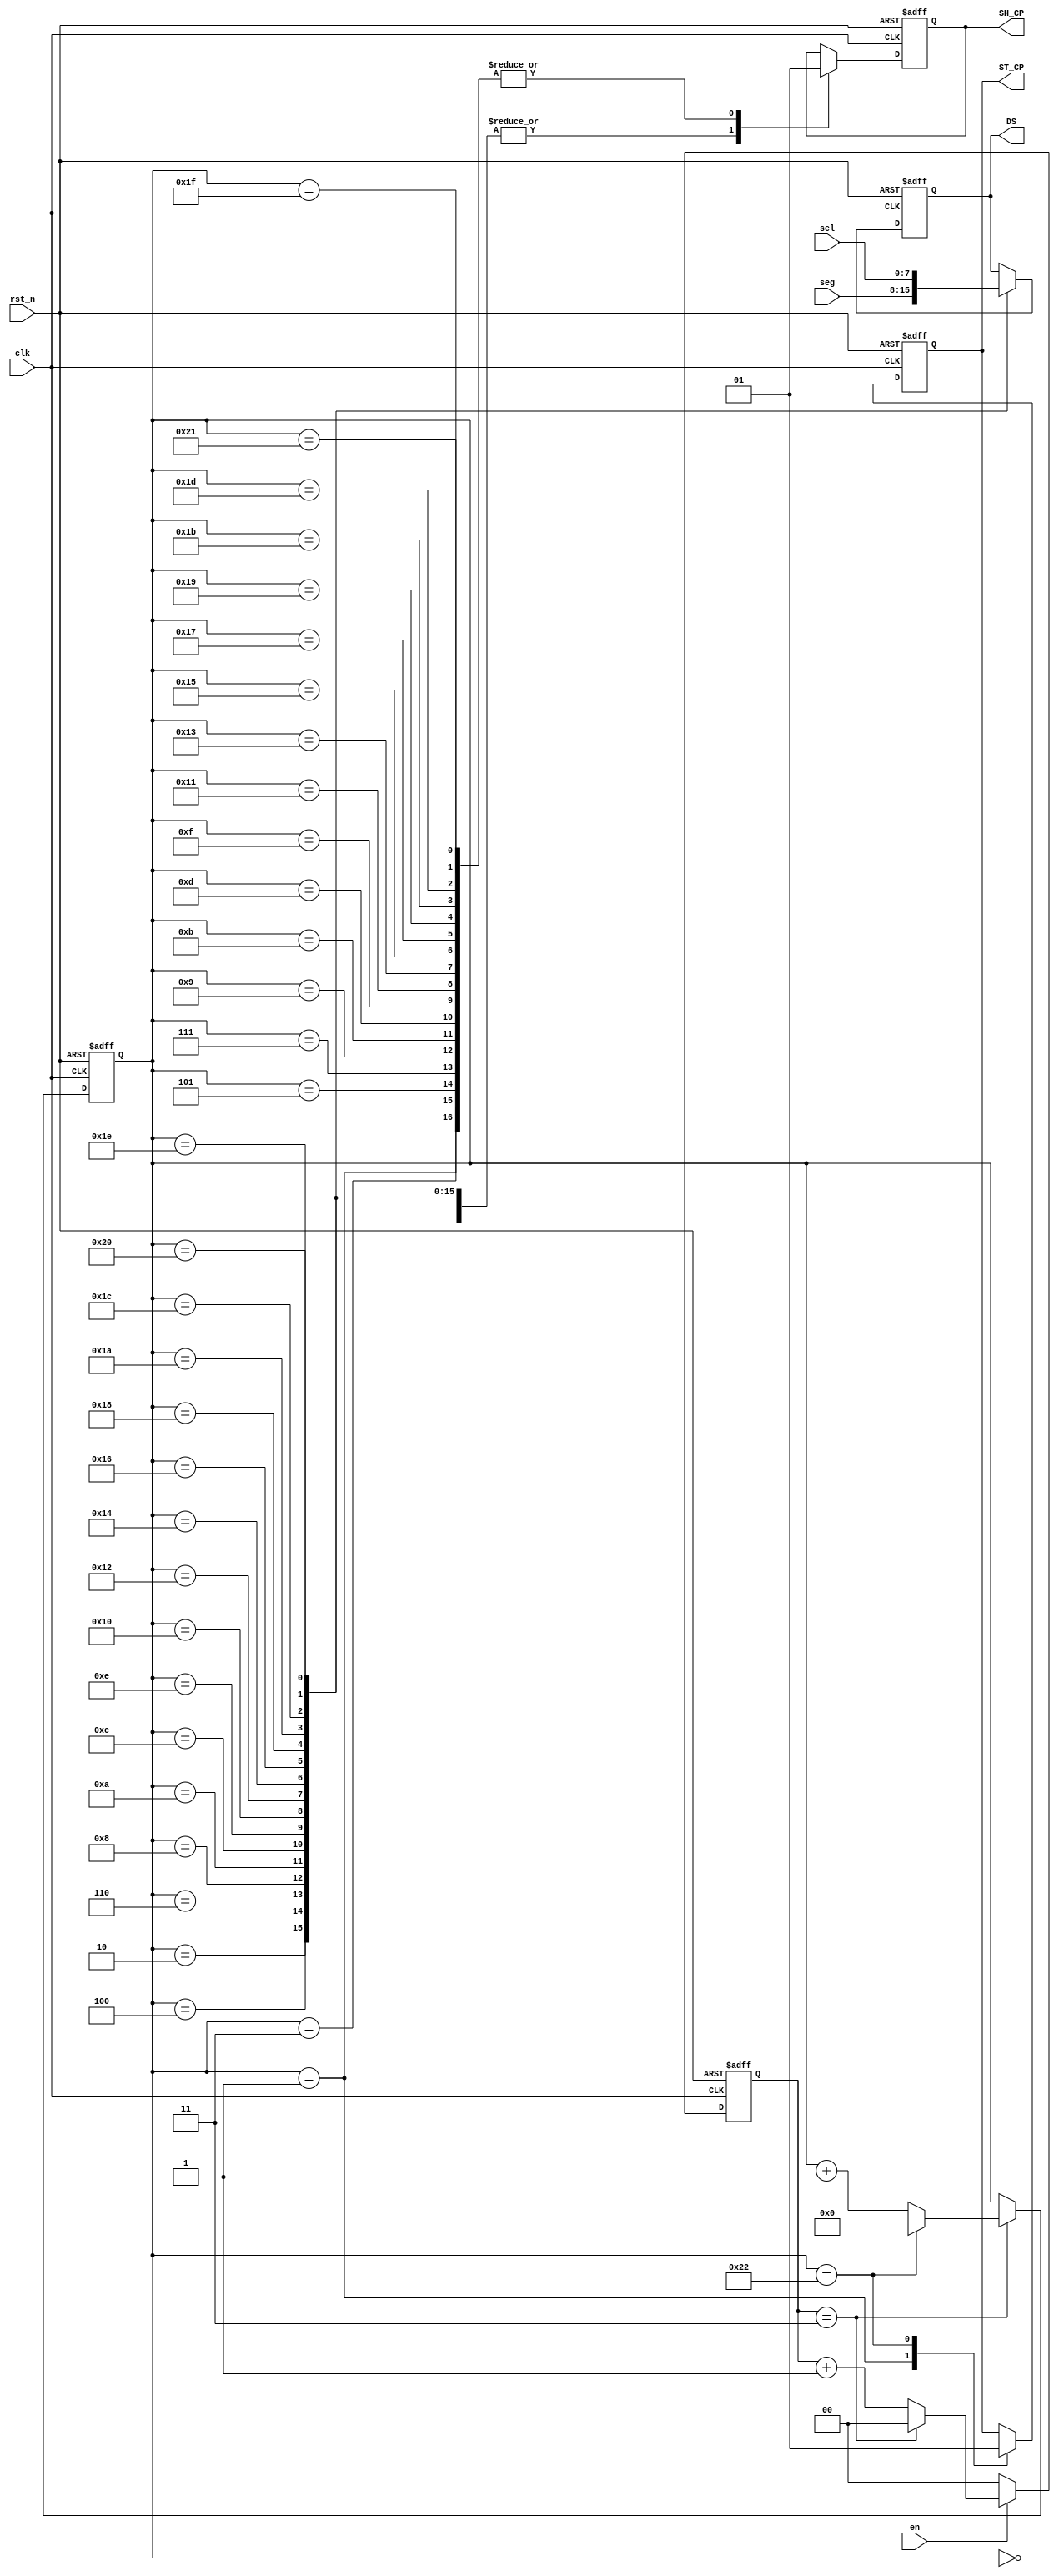
module HC595(
             clk,
             rst_n,
             sel,
             seg,
             en,
             DS,
             SH_CP,
             ST_CP            
              );
              
input clk;
input rst_n;
input en;
input [7:0] sel;
input [7:0] seg;

output reg DS;  //
output reg ST_CP; //
output reg SH_CP; //

reg [1:0] cnt;     
parameter CNT_MAX = 2'd3;

wire sclk; //
reg [5:0] sclk_cnt; //

//
always@(posedge clk or negedge rst_n)
      begin
      	   if(!rst_n)
      	    begin
      	    	  cnt <= 'b0;
       	    end
       	   else if(en)
       	          begin
       	          	   if(cnt==CNT_MAX)
       	          	     cnt <= 'b0;
       	          	   else
       	          	     cnt <= cnt + 1'b1;
       	          end
       	   else
       	       cnt <= 'b0;       	         	
      end
      
assign sclk = (cnt == CNT_MAX);
      
always@(posedge clk or negedge rst_n)
      begin
      	   if(!rst_n)
      	     begin
      	     	    sclk_cnt <= 'b0;
      	     end   
      	   else if(sclk)
      	         begin
      	         	    if(sclk_cnt==34'd34)
      	         	      sclk_cnt <= 'd0;
      	         	    else
      	         	        sclk_cnt <= sclk_cnt + 1'b1;
      	         end 
      	   else 
      	       sclk_cnt <= sclk_cnt ;
      end
      
//	SHCP,
// STCP,
//		   STCPST_CP
always@(posedge clk or negedge rst_n)
     begin
     	    if(!rst_n)
     	      begin
     	      	   DS <= 'b0;     	      	   
     	      	   ST_CP <= 'b0;
     	      	   SH_CP <= 'b0;
     	      end
     	     else
     	         begin
     	         	    case(sclk_cnt)
     	         	    	 0:begin
     	         	    	 	      SH_CP <= 'b0;     	         	    	 	      
     	         	    	   end      	       
     	         	    	 1:begin
     	         	    	 	      SH_CP <= 1'b1;
     	         	    	 	      ST_CP <= 1'b0;     	         	    	 	
     	         	    	   end  	    	   
     	         	    	 2:begin
     	         	    	 	      SH_CP <= 1'b0;
     	         	    	 	      DS <= seg[7];
     	         	    	   end
     	         	    	 3:begin
     	         	    	 	       SH_CP <= 1'b1;     	         	    	 
     	         	    	   end
     	         	    	 4:begin
     	         	    	 	       SH_CP <= 1'b0;
     	         	    	 	       DS <= seg[6];
     	         	    	   end
     	         	    	 5:begin
     	         	    	 	       SH_CP <= 1'b1;
     	         	    	   end
     	         	    	 6:begin
     	         	    	 	       SH_CP <= 1'b0; 
     	         	    	 	       DS <= seg[5];
     	         	    	   end
     	         	    	 7:begin
     	         	    	 	       SH_CP <= 1'b1 ;
     	         	    	   end
     	         	    	 8:begin
     	         	    	 	       SH_CP <= 1'b0;
     	         	    	 	       DS <= seg[4];
     	         	    	 	 end
				
				               9:begin
				               	       SH_CP <= 1;
				               	 end 
				               10:begin 
				               	        SH_CP <= 0;
				               	        DS <= seg[3];
				               	  end
				               11:begin 
				               	        SH_CP <= 1;
				               	  end
				               12:begin 
				               	        SH_CP <= 0;
				               	        DS <= seg[2];
				               	  end
				               13:begin 
				               	        SH_CP <= 1;
				               	  end
				               14:begin 
				               	        SH_CP <= 0;
				               	        DS <= seg[1];
				               	  end
				               15:begin 
				               	        SH_CP <= 1;
				               	  end
				               16:begin 
				               	        SH_CP <= 0;
				               	        DS <= seg[0];
				               	  end
				               17:begin 
				               	        SH_CP <= 1;
				               	  end
				               18:begin 
				               	        SH_CP <= 0;
				               	        DS <= sel[7];
				               	  end
				               19:begin 
				               	        SH_CP <= 1;
				               	  end 
				               20:begin 
				               	        SH_CP <= 0;
				               	        DS <= sel[6];
				               	  end
				               21:begin 
				               	        SH_CP <= 1;
				               	  end
				               22:begin 
				               	        SH_CP <= 0;
				               	        DS <= sel[5];
				               	  end
				               23:begin 
				               	        SH_CP <= 1;
				               	  end
				               24:begin 
				               	        SH_CP <= 0;
				               	        DS <= sel[4];
				               	  end
				               25:begin 
				               	        SH_CP <= 1;
				               	  end
				               26:begin 
				               	        SH_CP <= 0;
				               	        DS <= sel[3];
				               	  end
				               27:begin 
				               	        SH_CP <= 1;
				               	  end
				               28:begin 
				               	        SH_CP <= 0;
				               	        DS <= sel[2];
				               	  end
				               29:begin 
				               	        SH_CP <= 1;
				               	  end
				               30:begin 
				               	        SH_CP <= 0;
				               	        DS <= sel[1];
				               	  end
				               31:begin 
				               	        SH_CP <= 1;
				               	  end
				               32:begin 
				               	        SH_CP <= 0;
				               	        DS <= sel[0];
				               	  end
     	         	       33:begin 
				               	        SH_CP <= 1'b1;
				               	  end
				               34:begin 
				               	        ST_CP <= 1'b1;				               	        
				               	  end 				               	  
				               default: ;				               
				            endcase   				            
     	         end     	
     end     
     
endmodule